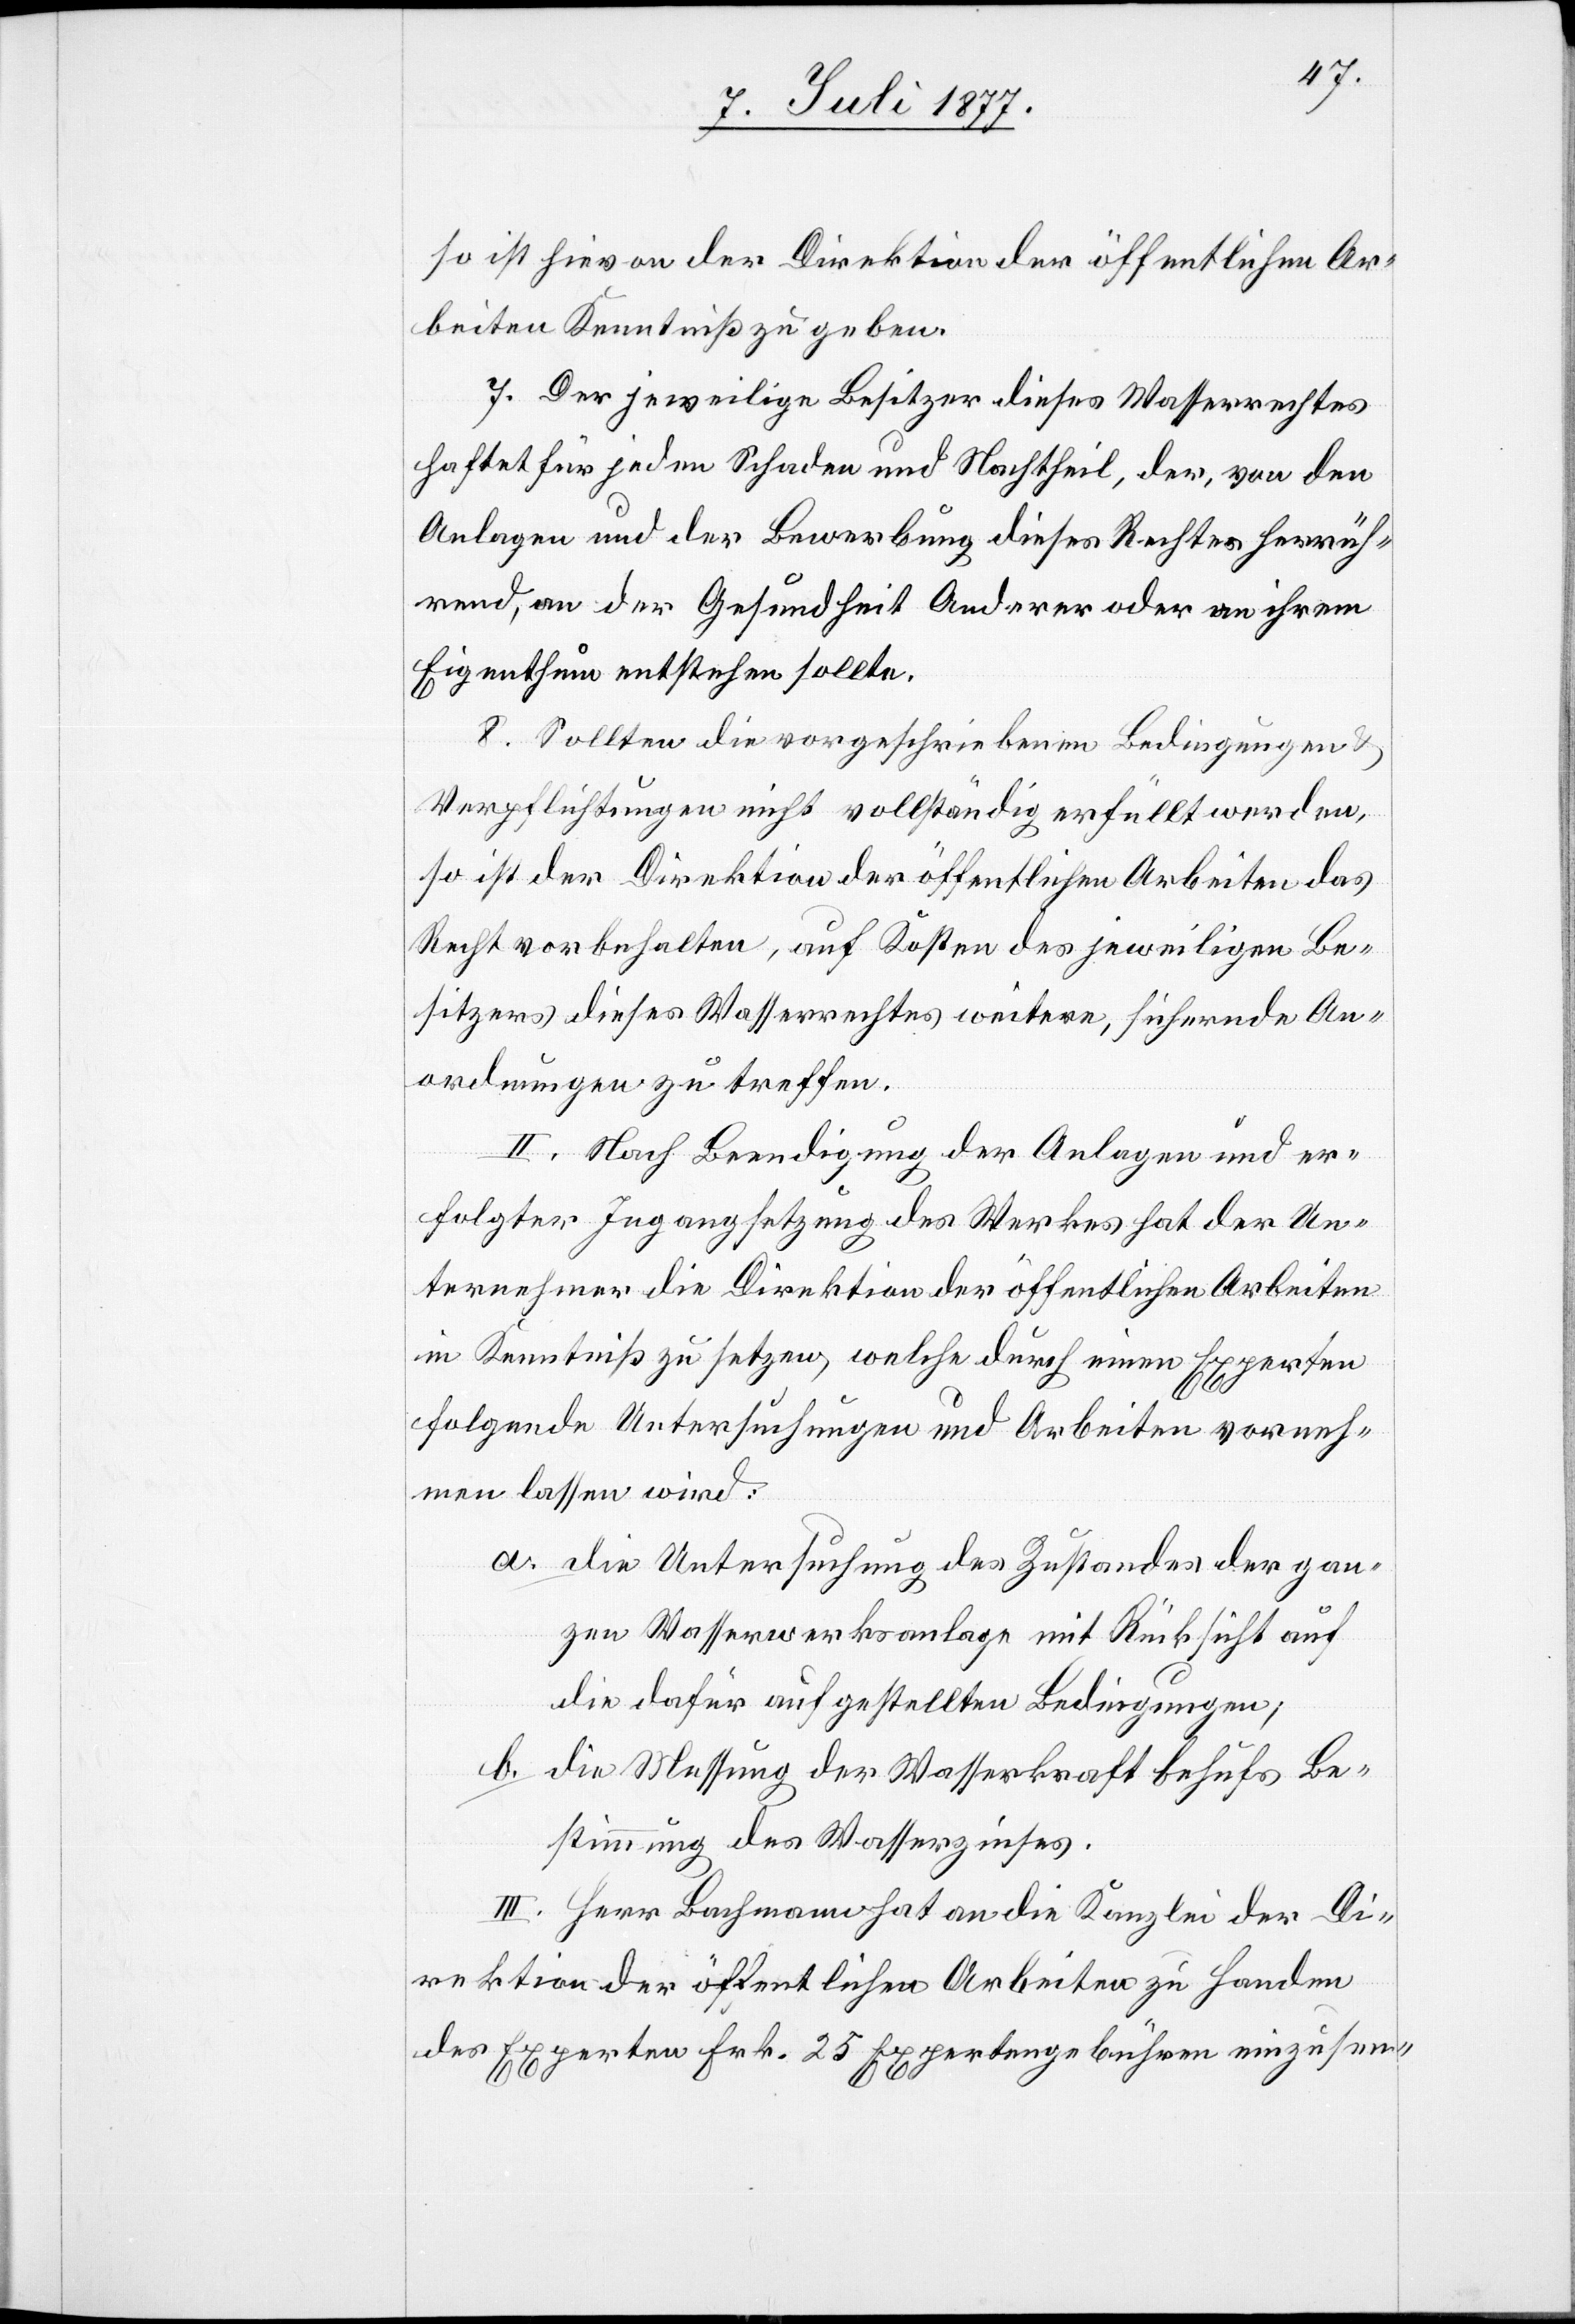
so ist hievon der Direktion der öffentlichen Ar¬
beiten Kenntniß zu geben.
7. Der jeweilige Besitzer dieses Wasserrechtes
haftet für jeden Schaden und Nachtheil, der, von den
Anlagen und der Bewerbung dieses Rechtes herrüh¬
rend, an der Gesundheit Anderer oder an ihrem
Eigenthum entstehen sollte.
8. Sollten die vorgeschriebenen Bedingungen
Verpflichtungen nicht vollständig erfüllt werden,
so ist der Direktion der öffentlichen Arbeiten das
Recht vorbehalten, auf Kosten des jeweiligen Be¬
sitzers dieses Wasserrechtes weitere, sichernde An¬
ordnungen zu treffen.
II. Nach Beendigung der Anlagen und er¬
folgter Ingangsetzung des Werkes hat der Un¬
ternehmer die Direktion der öffentlichen Arbeiten
in Kenntniß zu setzen, welche durch einen Experten
folgende Untersuchungen und Arbeiten vorneh¬
men lassen wird:
die Untersuchung des Zustandes der gan¬
zen Wasserwerksanlage mit Rücksicht auf
die dafür aufgestellten Bedingungen;
die Messung der Wasserkraft behufs Be¬
stimmung des Wasserzinses.
III. Herr Bachmann hat an die Kanzlei der Di¬
rektion der öffentlichen Arbeiten zu Handen
des Experten Frk. 25 Expertengebühren einzusen-